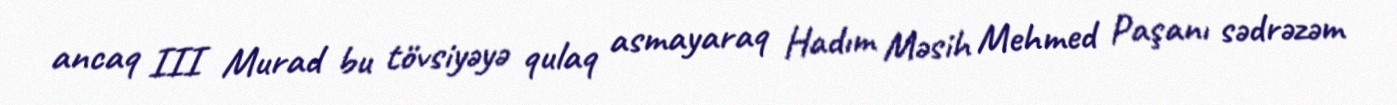
ancaq III Murad bu tövsiyəyə qulaq asmayaraq Hadım Məsih Mehmed Paşanı sədrəzəm